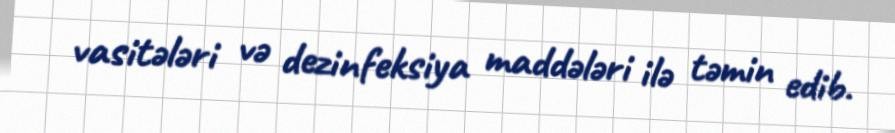
vasitələri və dezinfeksiya maddələri ilə təmin edib.